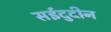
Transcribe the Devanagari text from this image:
सईदुदीन